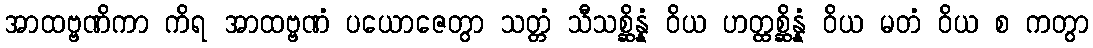
အာထဗ္ဗဏိကာ ကိရ အာထဗ္ဗဏံ ပယောဇေတွာ သတ္တံ သီသစ္ဆိန္နံ ဝိယ ဟတ္ထစ္ဆိန္နံ ဝိယ မတံ ဝိယ စ ကတွာ